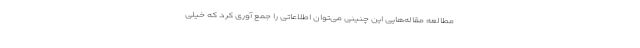
مطالعه مقاله‌هایی این چنینی می‌توان اطلاعاتی را جمع آوری کرد که خیلی